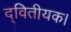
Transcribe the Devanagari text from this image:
द्वितीयक।